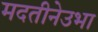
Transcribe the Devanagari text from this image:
मदतीनेउभा